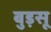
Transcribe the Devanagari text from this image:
बुड़सू